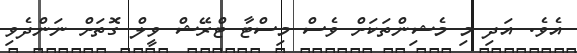
އެވެ. އަދި މި މެޝިންތަކަށް ވެސް މިސްޓާ ޓްރޭޝް ވީލް ގޮތަށް ނަންދެވި